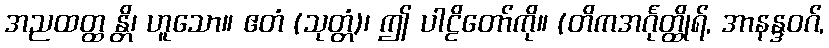
အညထတ္ထ န္တိ၊ ဟူသော။ ဧတံ (သုတ္တံ)၊ ဤ ပါဠိတော်ကို။ (တိကအင်္ဂုတ္ထိုရ်, အာနန္ဒဝဂ်,